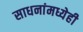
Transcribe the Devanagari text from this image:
साधनांमध्येही